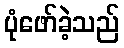
ပုံဖော်ခဲ့သည်